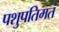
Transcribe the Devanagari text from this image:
पशुपतिमतं